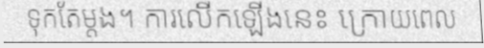
ទុកតែម្តង។ ការលើកឡើងនេះ ក្រោយពេល